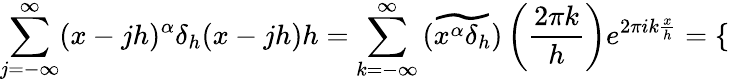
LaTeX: \sum_{j=-\infty}^{\infty}(x-jh)^{\alpha}\delta_{h}(x-jh)h=\sum_{k=-\infty}^{\infty}\widetilde{\left(x^{\alpha}\delta_{h}\right)}\left(\frac{2\pi k}{h}\right)e^{2\pi ik\frac{x}{h}}=\left\{ \begin{array}{rl}\end{array}\right.